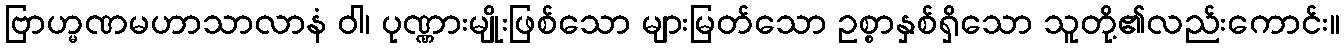
ဗြာဟ္မဏမဟာသာလာနံ ဝါ၊ ပုဏ္ဏားမျိုးဖြစ်သော များမြတ်သော ဥစ္စာနှစ်ရှိသော သူတို့၏လည်းကောင်း။